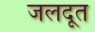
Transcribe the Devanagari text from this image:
जलदूत